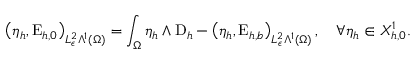
\left( \eta _ { h } , \mathrm { E } _ { h , 0 } \right) _ { L _ { \epsilon } ^ { 2 } \Lambda ^ { 1 } ( \Omega ) } = \int _ { \Omega } \eta _ { h } \wedge \mathrm { D } _ { h } - \left( \eta _ { h } , \mathrm { E } _ { h , b } \right) _ { L _ { \epsilon } ^ { 2 } \Lambda ^ { 1 } ( \Omega ) } , \quad \forall \eta _ { h } \in X _ { h , 0 } ^ { 1 } .